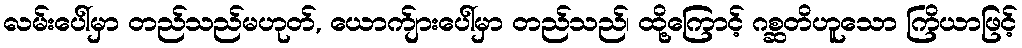
လမ်းပေါ်မှာ တည်သည်မဟုတ်, ယောက်ျားပေါ်မှာ တည်သည်၊ ထို့ကြောင့် ဂစ္ဆတိဟူသော ကြိယာဖြင့်